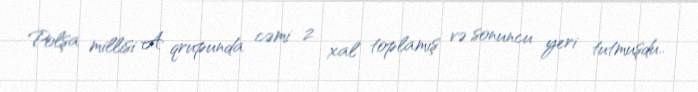
Polşa millisi A qrupunda cəmi 2 xal toplamış və sonuncu yeri tutmuşdu..